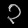
Digit: ၃